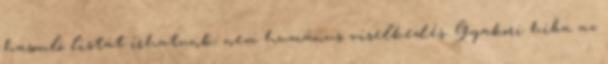
hasonló listát írhatunk: nem humánus viselkedés. Gyakori hiba az